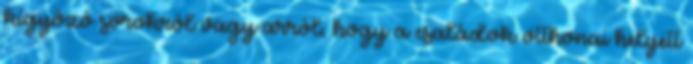
kígyózó sorokról vagy arról, hogy a családok otthonai helyett